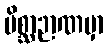
မိစ္ဆာဉာဏမှာ